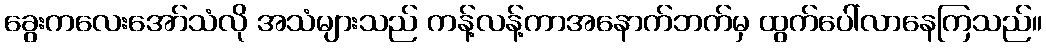
ခွေးကလေးအော်သံလို အသံများသည် ကန့်လန့်ကာအနောက်ဘက်မှ ထွက်ပေါ်လာနေကြသည်။